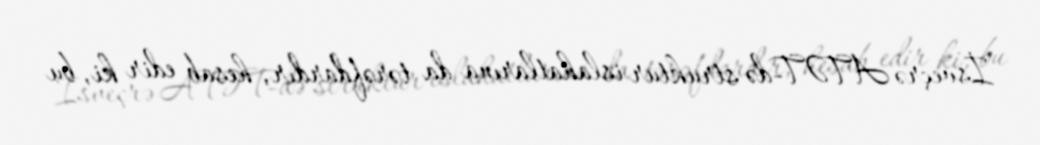
İsveçrə ATƏT-də struktur islahatlarına da tərəfdardır, hesab edir ki, bu